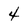
Character: 4